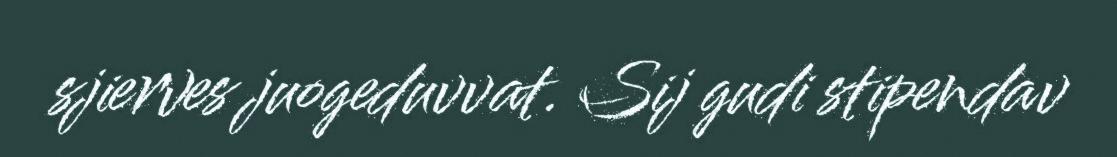
sjierves juogeduvvat. Sij gudi stipendav